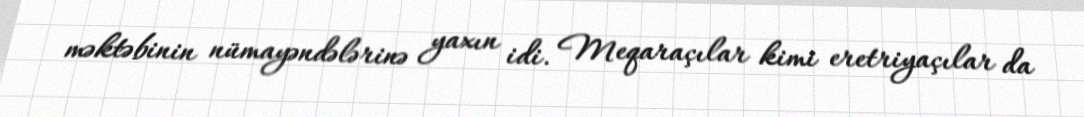
məktəbinin nümayəndələrinə yaxın idi. Meqaraçılar kimi eretriyaçılar da